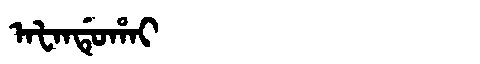
Manchu: ᠠᡶᠠᠨᡩᡠᡥᠠᡳ
Romanization: AFANDUHAI